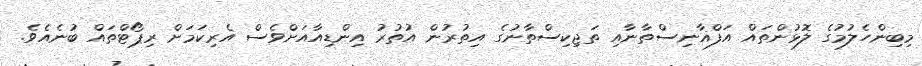
މިބިންހެލުމުގެ ލޮޅުންތައް އަފްޣާނިސްތާނާއި ތަޖިކިސްތާނުގެ އިތުރުން އުތުރު އިންޑިއާއަށްވެސް އެރިކަމަށް ރިޕޯޓްތައް ބުނެއެވެ.